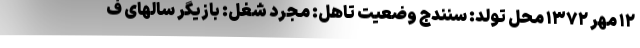
۱۲ مهر ۱۳۷۲ محل تولد: سنندج وضعیت تاهل: مجرد شغل: بازیگر سالهای ف